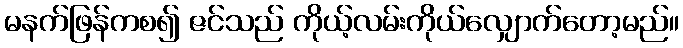
မနက်ဖြန်ကစ၍ ဇင်သည် ကိုယ့်လမ်းကိုယ်လျှောက်တော့မည်။